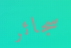
سجائر